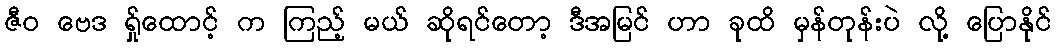
ဇီဝ ဗေဒ ရ်ှုထောင့် က ကြည့် မယ် ဆိုရင်တော့ ဒီအမြင် ဟာ ခုထိ မှန်တုန်းပဲ လို့ ပြောနိုင်